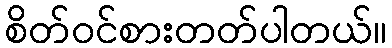
စိတ်ဝင်စားတတ်ပါတယ်။